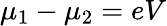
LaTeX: \mu_{1}-\mu_{2}=eV